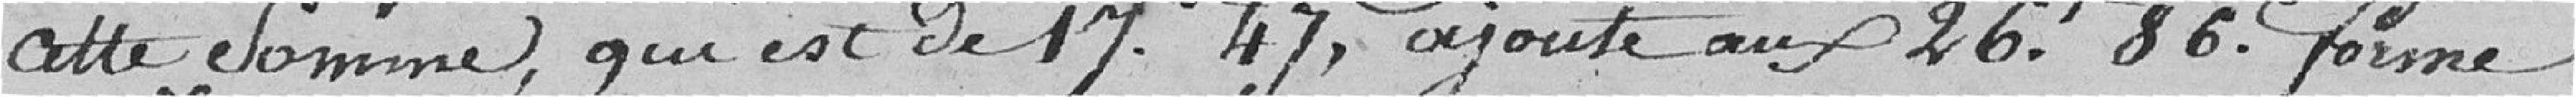
cette somme, qui est de 17,47 francs, ajouté aux 26,86 francs forme